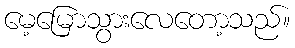
မေ့မြောသွားလေတော့သည်။